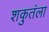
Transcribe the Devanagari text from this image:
शकुतंला